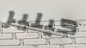
كيلير